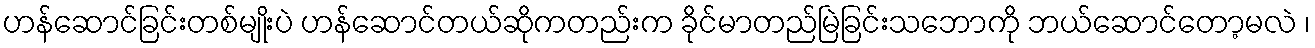
ဟန်ဆောင်ခြင်းတစ်မျိုးပဲ ဟန်ဆောင်တယ်ဆိုကတည်းက ခိုင်မာတည်မြဲခြင်းသဘောကို ဘယ်ဆောင်တော့မလဲ ၊